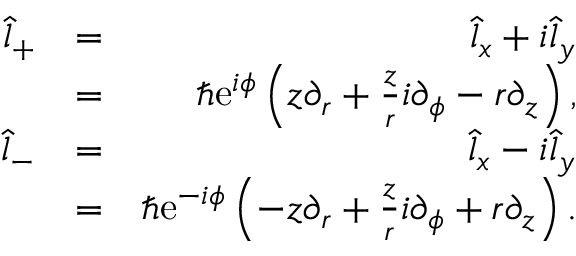
\begin{array} { r l r } { \hat { l } _ { + } } & { = } & { \hat { l } _ { x } + i \hat { l } _ { y } } \\ & { = } & { \hbar \mathrm { e } ^ { i \phi } \left( z \partial _ { r } + \frac { z } { r } i \partial _ { \phi } - r \partial _ { z } \right) , } \\ { \hat { l } _ { - } } & { = } & { \hat { l } _ { x } - i \hat { l } _ { y } } \\ & { = } & { \hbar \mathrm { e } ^ { - i \phi } \left( - z \partial _ { r } + \frac { z } { r } i \partial _ { \phi } + r \partial _ { z } \right) . } \end{array}